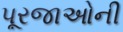
પૂરજાઓની